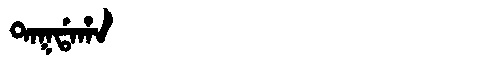
Manchu: ᡨᠠᡴᡩᠠᡥᠠ
Romanization: TAKDAHA